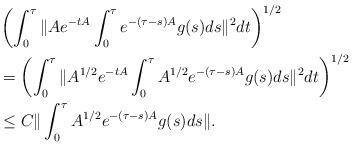
LaTeX: \begin{align*}& \left(\int_0^\tau \| A e^{-tA} \int_0^\tau e^{-(\tau -s) A} g(s) ds \|^2 dt \right)^{1/2}\\& = \left( \int_0^\tau \| A^{1/2} e^{-tA} \int_0^\tau A^{1/2} e^{-(\tau -s) A} g(s) ds \|^2 dt \right)^{1/2}\\&\le C \| \int_0^\tau A^{1/2} e^{-(\tau -s) A} g(s) ds \|.\end{align*}